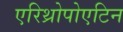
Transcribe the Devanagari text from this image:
एरिथ्रोपोएटिन